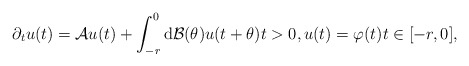
\begin{align*} \partial_{t} u(t) = \mathcal{A} u(t) + \int_{-r}^{0} \mathrm{d} \mathcal{B}(\theta) u(t + \theta) t > 0, u(t) = \varphi(t) t \in [-r, 0], \end{align*}